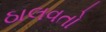
ઠાલવતો